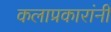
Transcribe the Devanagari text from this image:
कलाप्रकारांनी